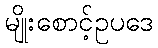
မျိုးစောင့်ဥပဒေ